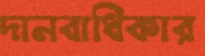
দানবাধিকার